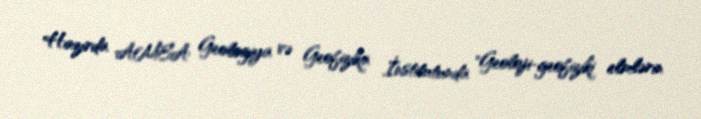
Hazırda AMEA Geologiya və Geofizika İnstitutunda "Geoloji-geofiziki elmlərin